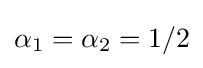
\alpha _{1}=\alpha _{2}=1/2